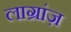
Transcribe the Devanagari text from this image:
लाग्रांज़